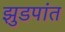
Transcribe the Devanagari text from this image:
झुडपांत